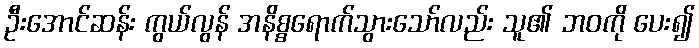
ဦးအောင်ဆန်း ကွယ်လွန် အနိစ္စရောက်သွားသော်လည်း သူ၏ ဘဝကို ပေး၍